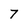
Character: 7